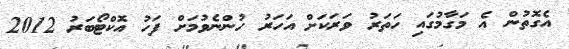
އެގޮތުން އެ މަގާމުގައި ހަތަރު ވަރަކަށް އަހަރު ހުންނެވުމަށް ފަހު އޮކްޓޯބަރު 2012